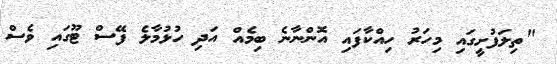
"ތިލަފުށީގައި މިހަރު ހިއްކާފައި އޮންނާނެ ބިމެއް އަދި ހުޅުމާލެ ފޭސް ޓޫގައި ވެސް